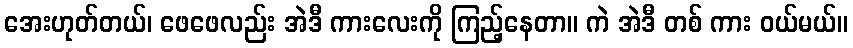
အေးဟုတ်တယ်၊ ဖေဖေလည်း အဲဒီ ကားလေးကို ကြည့်နေတာ။ ကဲ အဲဒီ တစ် ကား ဝယ်မယ်။